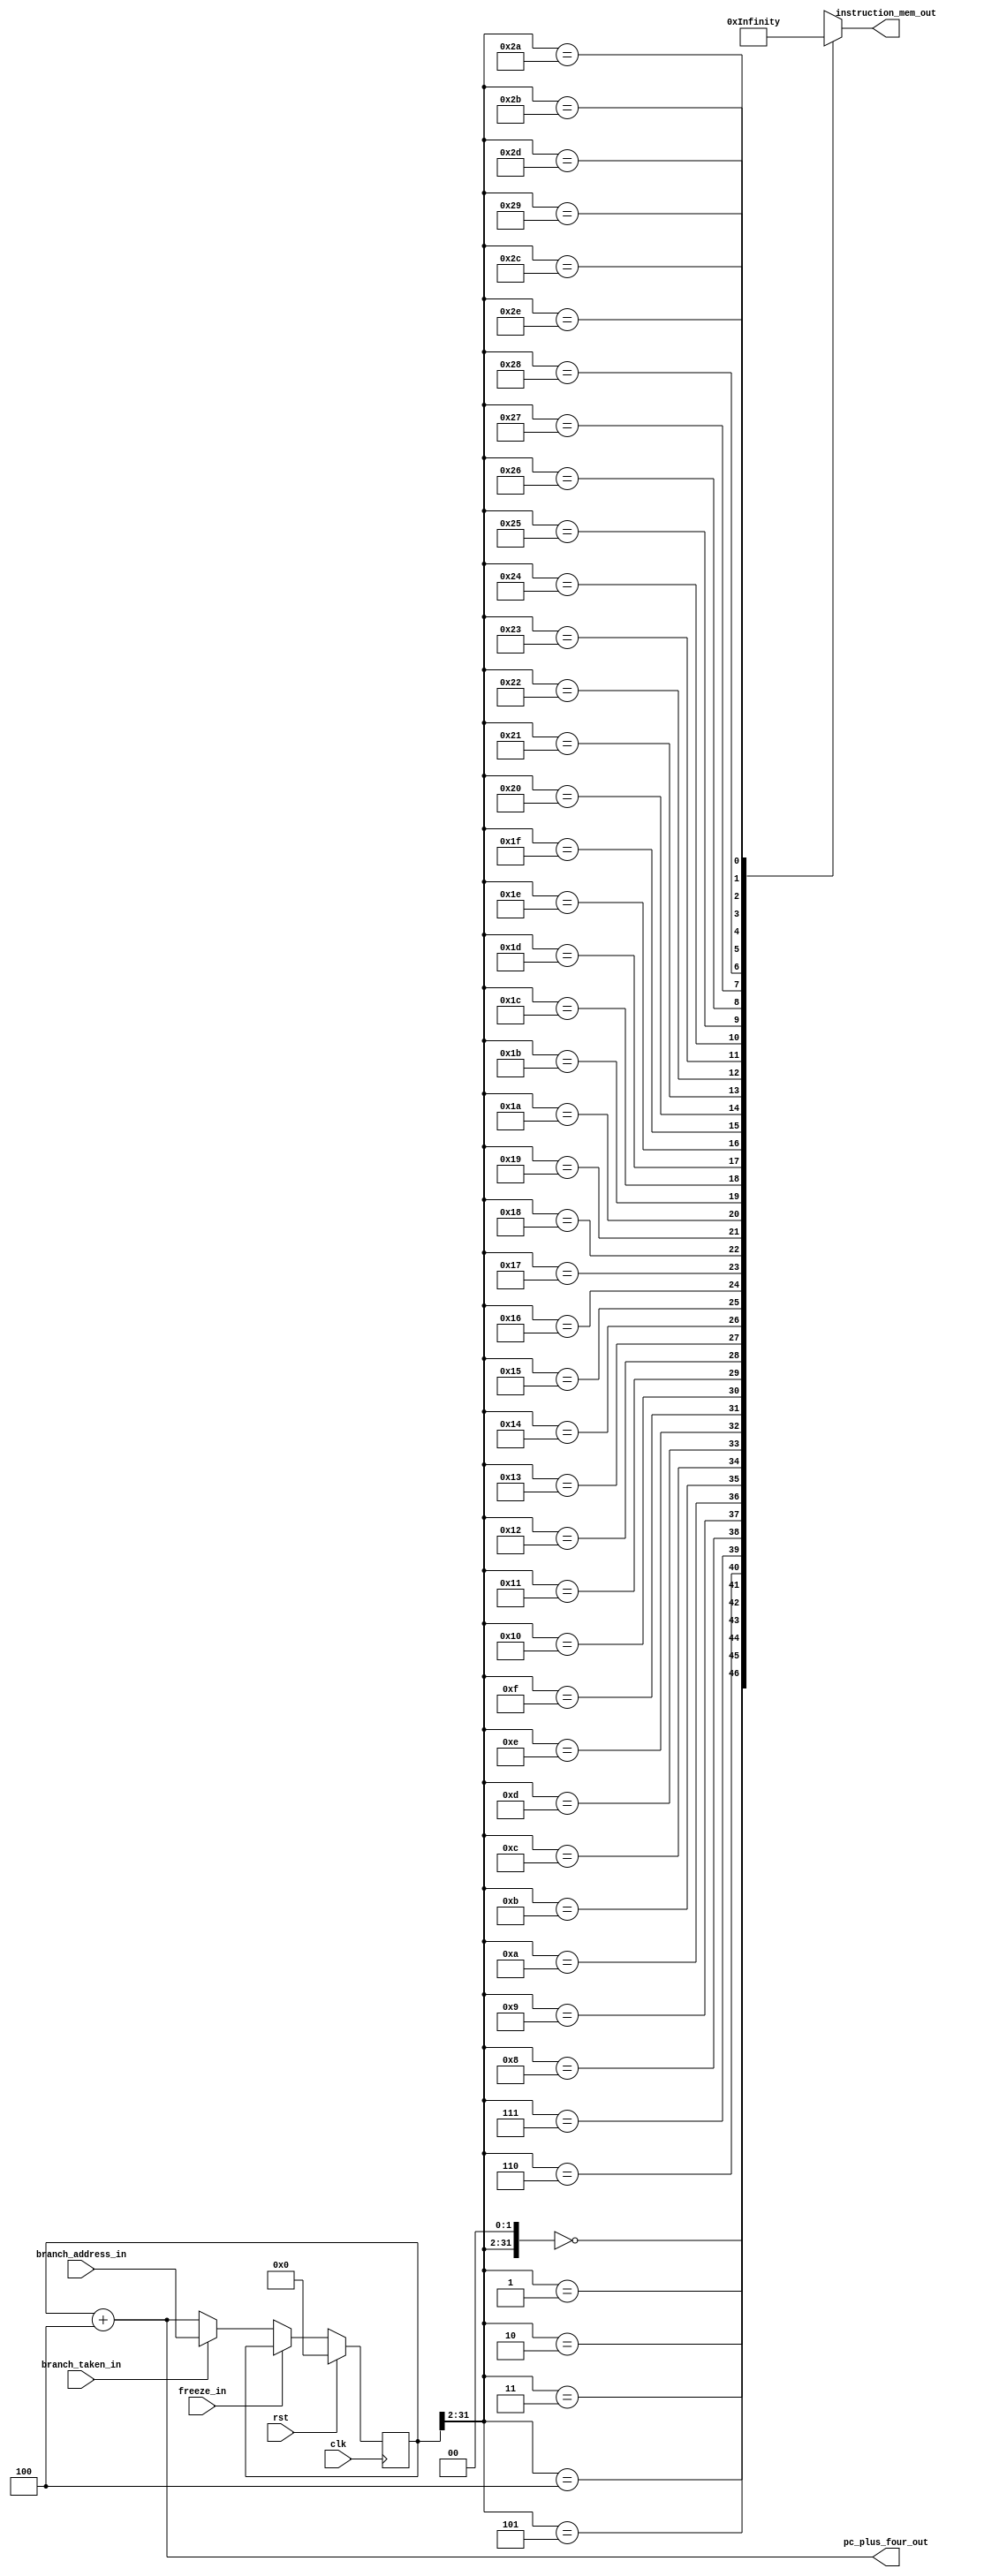
module IF_stage(
    input               clk,
    input               rst,
    input               branch_taken_in,
    input               freeze_in,
    input       [31:0]  branch_address_in,

    output      [31:0]  pc_plus_four_out,
    output reg  [31:0]  instruction_mem_out
);

    reg         [31:0]  pc_reg_out;

    wire        [31:0]  pc_reg_in;
    wire        [31:0]  memory_address_aligned;

    // pc reg input multiplexer
    assign pc_reg_in                = (branch_taken_in) ? (branch_address_in) : (pc_plus_four_out); 
    
    // pc adder
    assign pc_plus_four_out         = pc_reg_out + 32'd4; 
    assign memory_address_aligned   = {pc_reg_out[31:2], 2'b00};

    // pc register 
    always@(posedge clk) begin
        if (rst)                pc_reg_out <= 0;
        else if(freeze_in)      pc_reg_out <= pc_reg_out;
        else                    pc_reg_out <= pc_reg_in;
    end

    // instruction memory
    always @(*) begin
        instruction_mem_out <= 32'bx;
        case (memory_address_aligned)
            32'd0:      instruction_mem_out <= 32'b1110_00_1_1101_0_0000_0000_000000010100;     /*1. {true} */  //MOV		R0 ,#20 		    //R0 = 20
            32'd4:      instruction_mem_out <= 32'b1110_00_1_1101_0_0000_0001_101000000001;     /*2. {true} */  //MOV		R1 ,#4096		    //R1 = 4096
            32'd8:      instruction_mem_out <= 32'b1110_00_1_1101_0_0000_0010_000100000011;     /*3. {true} */  //MOV		R2 ,#0xC0000000	    //R2 = -1073741824
            32'd12:     instruction_mem_out <= 32'b1110_00_0_0100_1_0010_0011_000000000010;     /*4. {true} */  //ADDS		R3 ,R2,R2		    //R3 = -2147483648 
            32'd16:     instruction_mem_out <= 32'b1110_00_0_0101_0_0000_0100_000000000000;     /*5. {true} */  //ADC		R4 ,R0,R0		    //R4 = 41
            32'd20:     instruction_mem_out <= 32'b1110_00_0_0010_0_0100_0101_000100000100;     /*6. {true} */  //SUB		R5 ,R4,R4,LSL #2	//R5 = 41 - 4 * 41 = -123
            32'd24:     instruction_mem_out <= 32'b1110_00_0_0110_0_0000_0110_000010100000;     /*7. {true} */  //SBC		R6 ,R0,R0,LSR #1	//R6 = 10
            32'd28:     instruction_mem_out <= 32'b1110_00_0_1100_0_0101_0111_000101000010;     /*8. {true} */  //ORR		R7 ,R5,R2,ASR #2	//R7 = -123
            32'd32:     instruction_mem_out <= 32'b1110_00_0_0000_0_0111_1000_000000000011;     /*9. {true} */  //AND		R8 ,R7,R3		    //R8 = -2147483648
            32'd36:     instruction_mem_out <= 32'b1110_00_0_1111_0_0000_1001_000000000110;     /*10 {true} */  //MVN		R9 ,R6		        //R9 = -11
            32'd40:     instruction_mem_out <= 32'b1110_00_0_0001_0_0100_1010_000000000101;     /*11 {true} */  //EOR		R10,R4,R5	        //R10 = -84
            32'd44:     instruction_mem_out <= 32'b1110_00_0_1010_1_1000_0000_000000000110;     /*12 {true} */  //CMP		R8 ,R6		
            32'd48:     instruction_mem_out <= 32'b0001_00_0_0100_0_0001_0001_000000000001;     /*13 {true} */  //ADDNE	    R1 ,R1,R1		    //R1 = 8192
            32'd52:     instruction_mem_out <= 32'b1110_00_0_1000_1_1001_0000_000000001000;     /*14 {true} */  //TST		R9 ,R8		
            32'd56:     instruction_mem_out <= 32'b0000_00_0_0100_0_0010_0010_000000000010;     /*15 {true} */  //ADDEQ	    R2 ,R2,R2   	    //R2 = -1073741824
            32'd60:     instruction_mem_out <= 32'b1110_00_1_1101_0_0000_0000_101100000001;     /*16 {true} */  //MOV		R0 ,#1024		    //R0 = 1024
            32'd64:     instruction_mem_out <= 32'b1110_01_0_0100_0_0000_0001_000000000000;     /*17 {true} */  //STR		R1 ,[R0],#0	        //MEM[1024] = 8192
            32'd68:     instruction_mem_out <= 32'b1110_01_0_0100_1_0000_1011_000000000000;     /*18 {true} */  //LDR		R11,[R0],#0	        //R11 = MEM[1024] = 8192
            32'd72:     instruction_mem_out <= 32'b1110_01_0_0100_0_0000_0010_000000000100;     /*19 {true} */  //STR		R2 ,[R0],#4	        //MEM[1028] = -1073741824
            32'd76:     instruction_mem_out <= 32'b1110_01_0_0100_0_0000_0011_000000001000;     /*20 {true} */  //STR		R3 ,[R0],#8	        //MEM[1032] = -2147483648
            32'd80:     instruction_mem_out <= 32'b1110_01_0_0100_0_0000_0100_000000001101;     /*21 {true} */  //STR		R4 ,[R0],#13	    //MEM[1036] = 41
            32'd84:     instruction_mem_out <= 32'b1110_01_0_0100_0_0000_0101_000000010000;     /*22 {true} */  //STR		R5 ,[R0],#16	    //MEM[1040] = -123
            32'd88:     instruction_mem_out <= 32'b1110_01_0_0100_0_0000_0110_000000010100;     /*23 {true} */  //STR		R6 ,[R0],#20	    //MEM[1044] = 10
            32'd92:     instruction_mem_out <= 32'b1110_01_0_0100_1_0000_1010_000000000100;     /*24 {true} */  //LDR		R10,[R0],#4	        //R10 = -1073741824
            32'd96:     instruction_mem_out <= 32'b1110_01_0_0100_0_0000_0111_000000011000;     /*25 {true} */  //STR		R7 ,[R0],#24	    //MEM[1048] = -123
            32'd100:    instruction_mem_out <= 32'b1110_00_1_1101_0_0000_0001_000000000100;     /*26 {true} */  //MOV		R1 ,#4		        //R1 = 4
            32'd104:    instruction_mem_out <= 32'b1110_00_1_1101_0_0000_0010_000000000000;     /*27 {true} */  //MOV		R2 ,#0		        //R2 = 0
            32'd108:    instruction_mem_out <= 32'b1110_00_1_1101_0_0000_0011_000000000000;     /*28 {true} */  //MOV	-   R3 ,#0		        //R3 = 0
            32'd112:    instruction_mem_out <= 32'b1110_00_0_0100_0_0000_0100_000100000011;     /*29        */  //ADD	+   R4 ,R0,R3,LSL #2    //R4 = 1024+(0,1,2)*4=(1024,1028,1032)	
            32'd116:    instruction_mem_out <= 32'b1110_01_0_0100_1_0100_0101_000000000000;     /*30        */  //LDR		R5 ,[R4],#0         //R5 = MEM[R4]=  (8192, , , ) 
            32'd120:    instruction_mem_out <= 32'b1110_01_0_0100_1_0100_0110_000000000100;     /*31        */  //LDR		R6 ,[R4],#4         //R6 = MEM[R4+4]= (-1073741824, , , ) 
            32'd124:    instruction_mem_out <= 32'b1110_00_0_1010_1_0101_0000_000000000110;     /*32        */  //CMP		R5 ,R6              //R5-R6=(P,)=({0,0,0,0}, ) 
            32'd128:    instruction_mem_out <= 32'b1100_01_0_0100_0_0100_0110_000000000000;     /*33        */  //STRGT	    R6 ,[R4],#0         //if(z=0 & n=v) MEM[R4]<-R6 = (-1073741824, )    
            32'd132:    instruction_mem_out <= 32'b1100_01_0_0100_0_0100_0101_000000000100;     /*34        */  //STRGT	    R5 ,[R4],#4         //if(z=0 & n=v) MEM[R4+4] =   
            32'd136:    instruction_mem_out <= 32'b1110_00_1_0100_0_0011_0011_000000000001;     /*35        */  //ADD		R3 ,R3,#1           //R3=(0,1,2) + 1 = (1,2,3)           
            32'd140:    instruction_mem_out <= 32'b1110_00_1_1010_1_0011_0000_000000000011;     /*36        */  //CMP		R3 ,#3              //(1,2,3)-3=(-2,-1,0)={1,0,0,0}, {0,1,0,0} 
            32'd144:    instruction_mem_out <= 32'b1011_10_1_0_111111111111111111011100;        /*37        */  //BLT	*+  #-36                //if(n != v) jump to (+) else go next line 
            32'd148:    instruction_mem_out <= 32'b1110_00_1_0100_0_0010_0010_000000000001;     /*38        */  //ADD		R2 ,R2,#1           //R2=(0,)+1=(1,)
            32'd152:    instruction_mem_out <= 32'b1110_00_0_1010_1_0010_0000_000000000001;     /*39        */  //CMP		R2 ,R1              //R2-R1=(1,2,3,4)-4=(-3,-2,-1,0) {1,0,0,0}
            32'd156:    instruction_mem_out <= 32'b1011_10_1_0_111111111111111111001100;        /*40        */  //BLT	*-  #-52                //if(n != v) jump to (-) else go next line
            32'd160:    instruction_mem_out <= 32'b1110_01_0_0100_1_0000_0001_000000000000;     /*41 {true} */  //LDR		R1 ,[R0],#0	        //R1 = MEM[1024] = -2147483648      
            32'd164:    instruction_mem_out <= 32'b1110_01_0_0100_1_0000_0010_000000000100;     /*42 {true} */  //LDR		R2 ,[R0],#4	        //R2 = MEM[1028] = -1073741824     
            32'd168:    instruction_mem_out <= 32'b1110_01_0_0100_1_0000_0011_000000001000;     /*43 {true} */  //LDR		R3 ,[R0],#8	        //R3 = MEM[1032] = 41               
            32'd172:    instruction_mem_out <= 32'b1110_01_0_0100_1_0000_0100_000000001100;     /*44 {true} */  //LDR		R4 ,[R0],#12	    //R4 = MEM[1036] = 8192            
            32'd176:    instruction_mem_out <= 32'b1110_01_0_0100_1_0000_0101_000000010000;     /*45 {true} */  //LDR		R5 ,[R0],#16	    //R5 = MEM[1040] = -123             
            32'd180:    instruction_mem_out <= 32'b1110_01_0_0100_1_0000_0110_000000010100;     /*46 {true} */  //LDR		R6 ,[R0],#20	    //R6 = MEM[1044] = 10              
            32'd184:    instruction_mem_out <= 32'b1110_10_1_0_111111111111111111111100;        /*47        */  //B		*   #-4
            default:    instruction_mem_out <= 32'bx;
        endcase
    end

endmodule